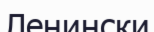
Ленински